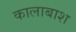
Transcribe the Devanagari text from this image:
कालाबाश